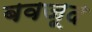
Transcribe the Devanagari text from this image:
बवजूद